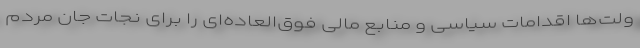
ولت‌ها اقدامات سیاسی و منابع مالی فوق‌العاده‌ای را برای نجات جان مردم